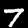
Label: 7